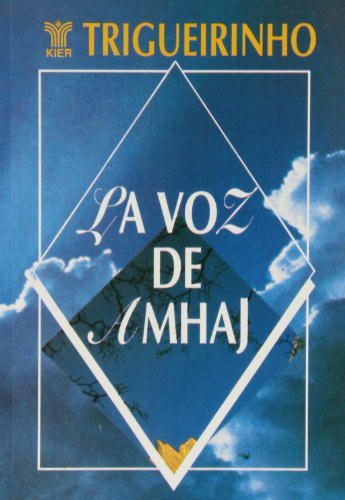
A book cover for La voz de Amhaj / The voice of Amhaj (Trigueirinho) (Spanish Edition); Jose Trigueirinho Netto; Religion & Spirituality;